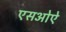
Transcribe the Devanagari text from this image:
एसओऐ